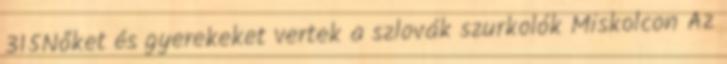
315Nőket és gyerekeket vertek a szlovák szurkolók Miskolcon Az